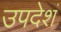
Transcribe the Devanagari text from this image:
उपदेशं